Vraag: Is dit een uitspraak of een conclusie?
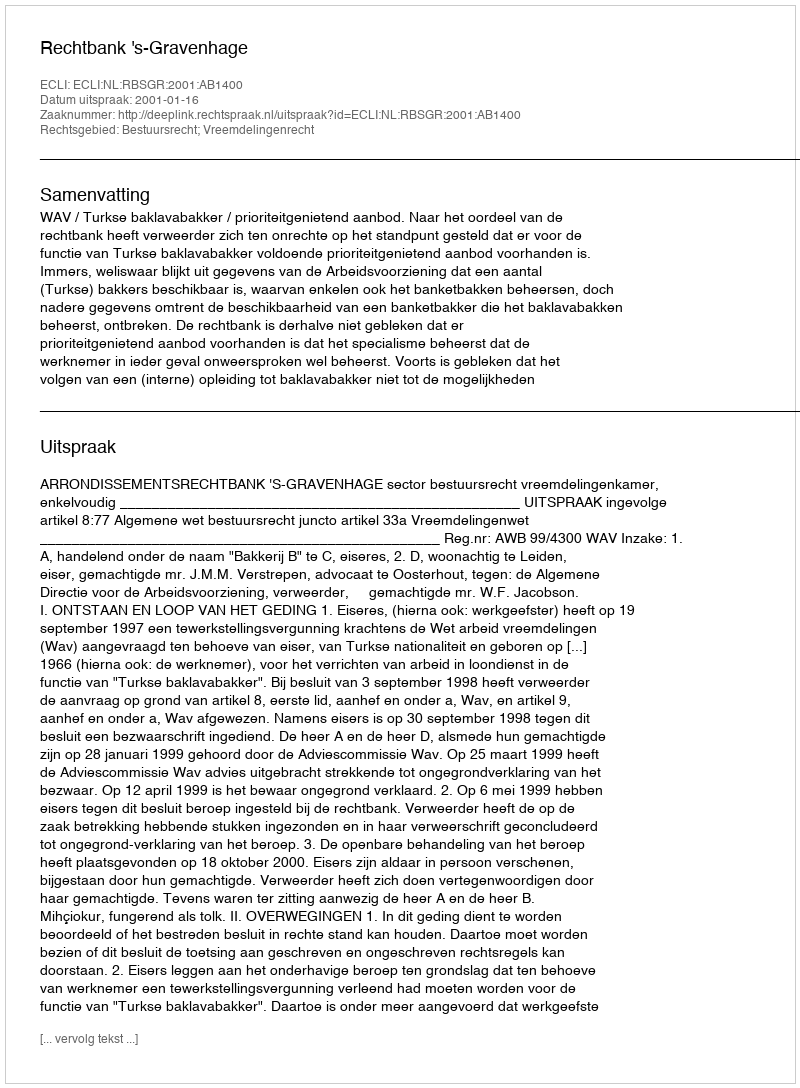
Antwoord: Uitspraak